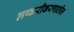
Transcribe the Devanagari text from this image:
लष्करीकरणातील